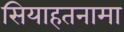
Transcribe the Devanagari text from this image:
सियाहतनामा